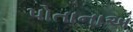
પોતાનાઅ